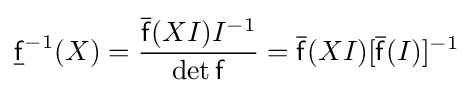
{\underline {\mathsf {f}}}^{-1}(X)={\frac {{\overline {\mathsf {f}}}(XI)I^{-1}}{\det {\mathsf {f}}}}={\overline {\mathsf {f}}}(XI)[{\overline {\mathsf {f}}}(I)]^{-1}